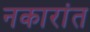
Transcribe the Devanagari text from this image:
नकारांत